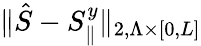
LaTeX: \| \hat{S}-S_{\parallel}^{y}\| _{2,\Lambda\times\lbrack 0,L\rbrack}